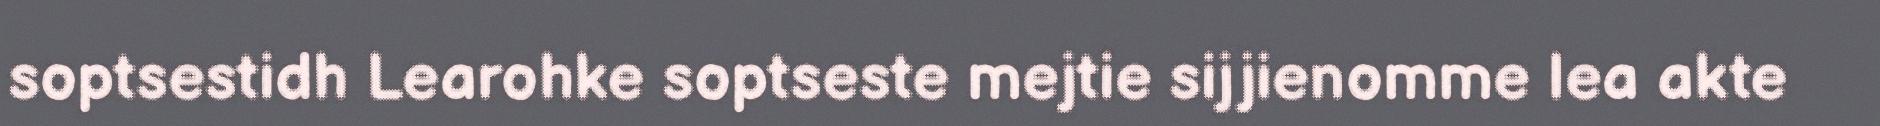
soptsestidh Learohke soptseste mejtie sijjienomme lea akte